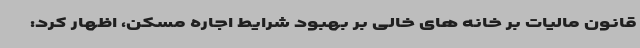
قانون مالیات بر خانه های خالی بر بهبود شرایط اجاره مسکن، اظهار کرد: